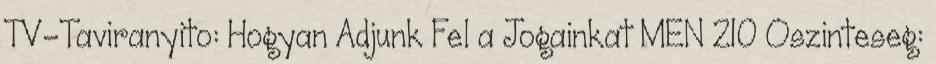
TV-Taviranyito: Hogyan Adjunk Fel a Jogainkat MEN 210 Oszinteseg: